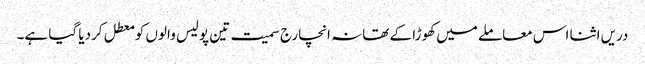
دریں اثنا اس معاملے میں کھوڑا کے تھانہ انچارج سمیت تین پولیس والوں کو معطل کردیا گیا ہے۔